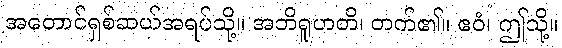
အတောင်ရှစ်ဆယ်အရပ်သို့။ အဘိရူဟတိ၊ တက်၏။ ဧဝံ၊ ဤသို့။